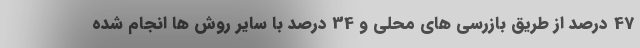
47 درصد از طریق بازرسی های محلی و 34 درصد با سایر روش ها انجام شده